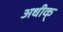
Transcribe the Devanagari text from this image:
अधीक्